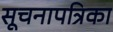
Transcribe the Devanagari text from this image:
सूचनापत्रिका